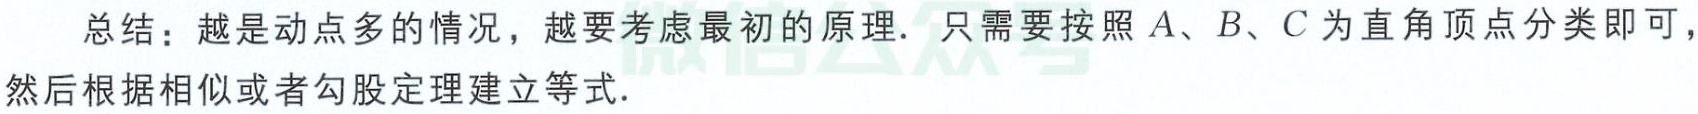
总结：越是动点多的情况，越要考虑最初的原理. 只需要按照 \(A、B、C\) 为直角顶点分类即可，然后根据相似或者勾股定理建立等式.